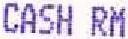
CASH RM